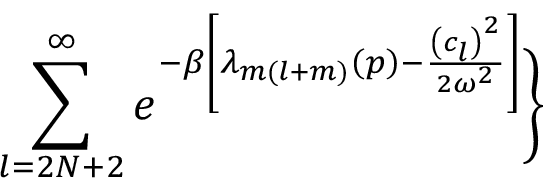
\sum _ { l = 2 N + 2 } ^ { \infty } e ^ { - \beta \left[ \lambda _ { m ( l + m ) } \left( p \right) - \frac { \left( c _ { l } \right) ^ { 2 } } { 2 \omega ^ { 2 } } \right] } \Biggr \}